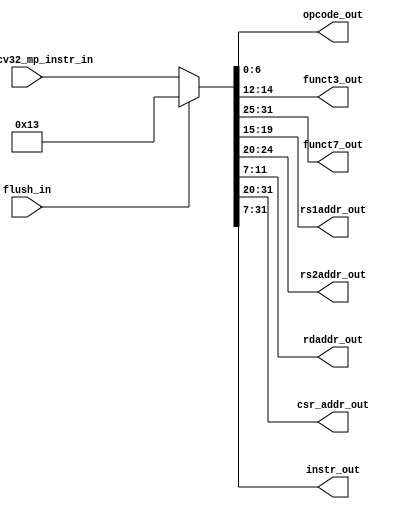
module msrv32_instruction_mux (flush_in, ms_riscv32_mp_instr_in, opcode_out, funct3_out, funct7_out, rs1addr_out, rs2addr_out, 
                               rdaddr_out, csr_addr_out, instr_out);
input flush_in;
input [31:0] ms_riscv32_mp_instr_in;
output [6:0] opcode_out;
output [2:0] funct3_out;
output [6:0] funct7_out;
output [4:0] rs1addr_out, rs2addr_out, rdaddr_out;
output [11:0] csr_addr_out;
output [24:0] instr_out;

wire [31:0] instr_mux;

assign instr_mux = flush_in ? 32'h 00000013 : ms_riscv32_mp_instr_in;

assign opcode_out    = instr_mux[6:0];
assign funct3_out    = instr_mux[14:12];
assign funct7_out    = instr_mux[31:25];
assign rs1addr_out  = instr_mux[19:15];
assign rs2addr_out  = instr_mux[24:20];
assign rdaddr_out   = instr_mux[11:7];
assign csr_addr_out  = instr_mux[31:20];
assign instr_out     = instr_mux[31:7];

endmodule